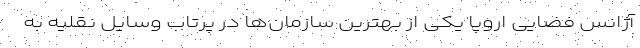
آژانس فضایی اروپا یکی از بهترین سازمان‌ها در پرتاب وسایل نقلیه به